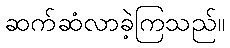
ဆက်ဆံလာခဲ့ကြသည်။